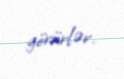
görürlər.